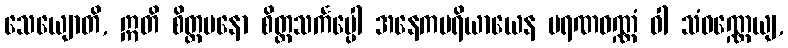
သေယျောတိ, ဣတိ စိတ္တမနော စိတ္တသင်္ကပ္ပေါ အနေကပရိယာယေန မရဏဝဏ္ဏံ ဝါ သံဝဏ္ဏေယျ,